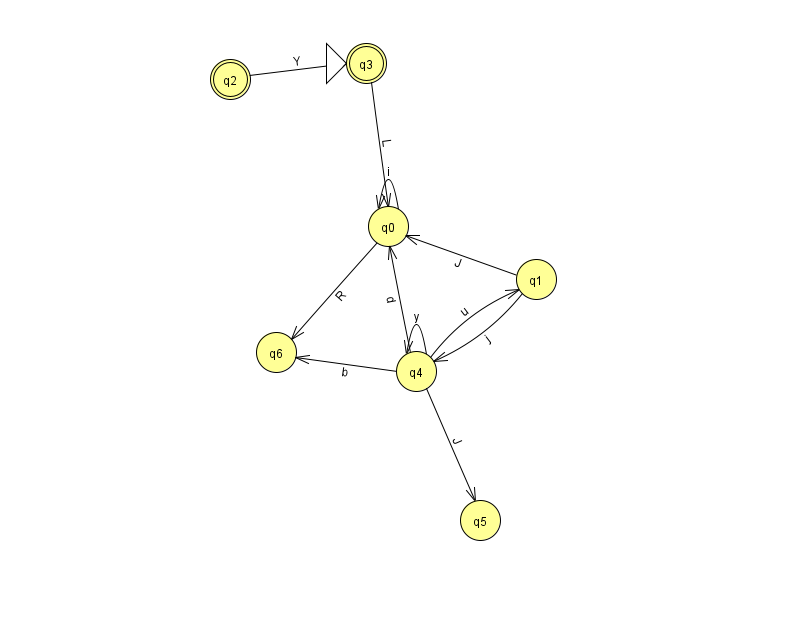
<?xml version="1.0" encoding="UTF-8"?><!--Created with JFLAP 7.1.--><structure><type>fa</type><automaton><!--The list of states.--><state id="0" name="q0"><x>388.0</x><y>213.0</y></state><state id="1" name="q1"><x>536.0</x><y>266.0</y></state><state id="2" name="q2"><x>230.0</x><y>66.0</y><final/></state><state id="3" name="q3"><x>366.0</x><y>50.0</y><initial/><final/></state><state id="4" name="q4"><x>416.0</x><y>358.0</y></state><state id="5" name="q5"><x>480.0</x><y>507.0</y></state><state id="6" name="q6"><x>276.0</x><y>339.0</y></state><!--The list of transitions.--><transition><from>4</from><to>1</to><read>u</read></transition><transition><from>4</from><to>6</to><read>b</read></transition><transition><from>4</from><to>5</to><read>J</read></transition><transition><from>1</from><to>0</to><read>J</read></transition><transition><from>0</from><to>0</to><read>i</read></transition><transition><from>2</from><to>3</to><read>Y</read></transition><transition><from>3</from><to>0</to><read>L</read></transition><transition><from>4</from><to>4</to><read>y</read></transition><transition><from>0</from><to>6</to><read>R</read></transition><transition><from>1</from><to>4</to><read>j</read></transition><transition><from>4</from><to>0</to><read>d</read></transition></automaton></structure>